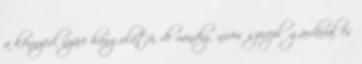
a könnyed, nyári hangulatú, de mindig nívós szereplőgárdával és